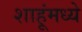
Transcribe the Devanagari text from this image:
शाहूंमध्ये